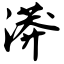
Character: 漭